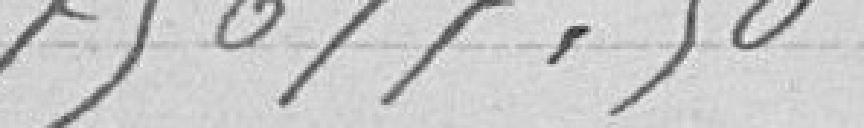
75 677,50.